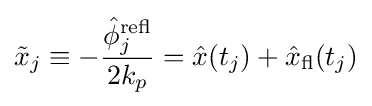
{\tilde {x}}_{j}\equiv -{\frac {{\hat {\phi }}_{j}^{\mathrm {refl} }}{2k_{p}}}={\hat {x}}(t_{j})+{\hat {x}}_{\mathrm {fl} }(t_{j})